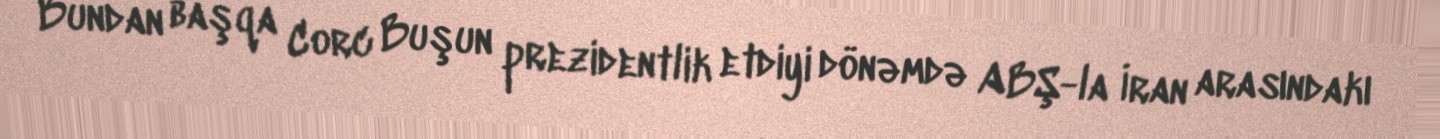
Bundan başqa Corc Buşun prezidentlik etdiyi dönəmdə ABŞ-la İran arasındakı